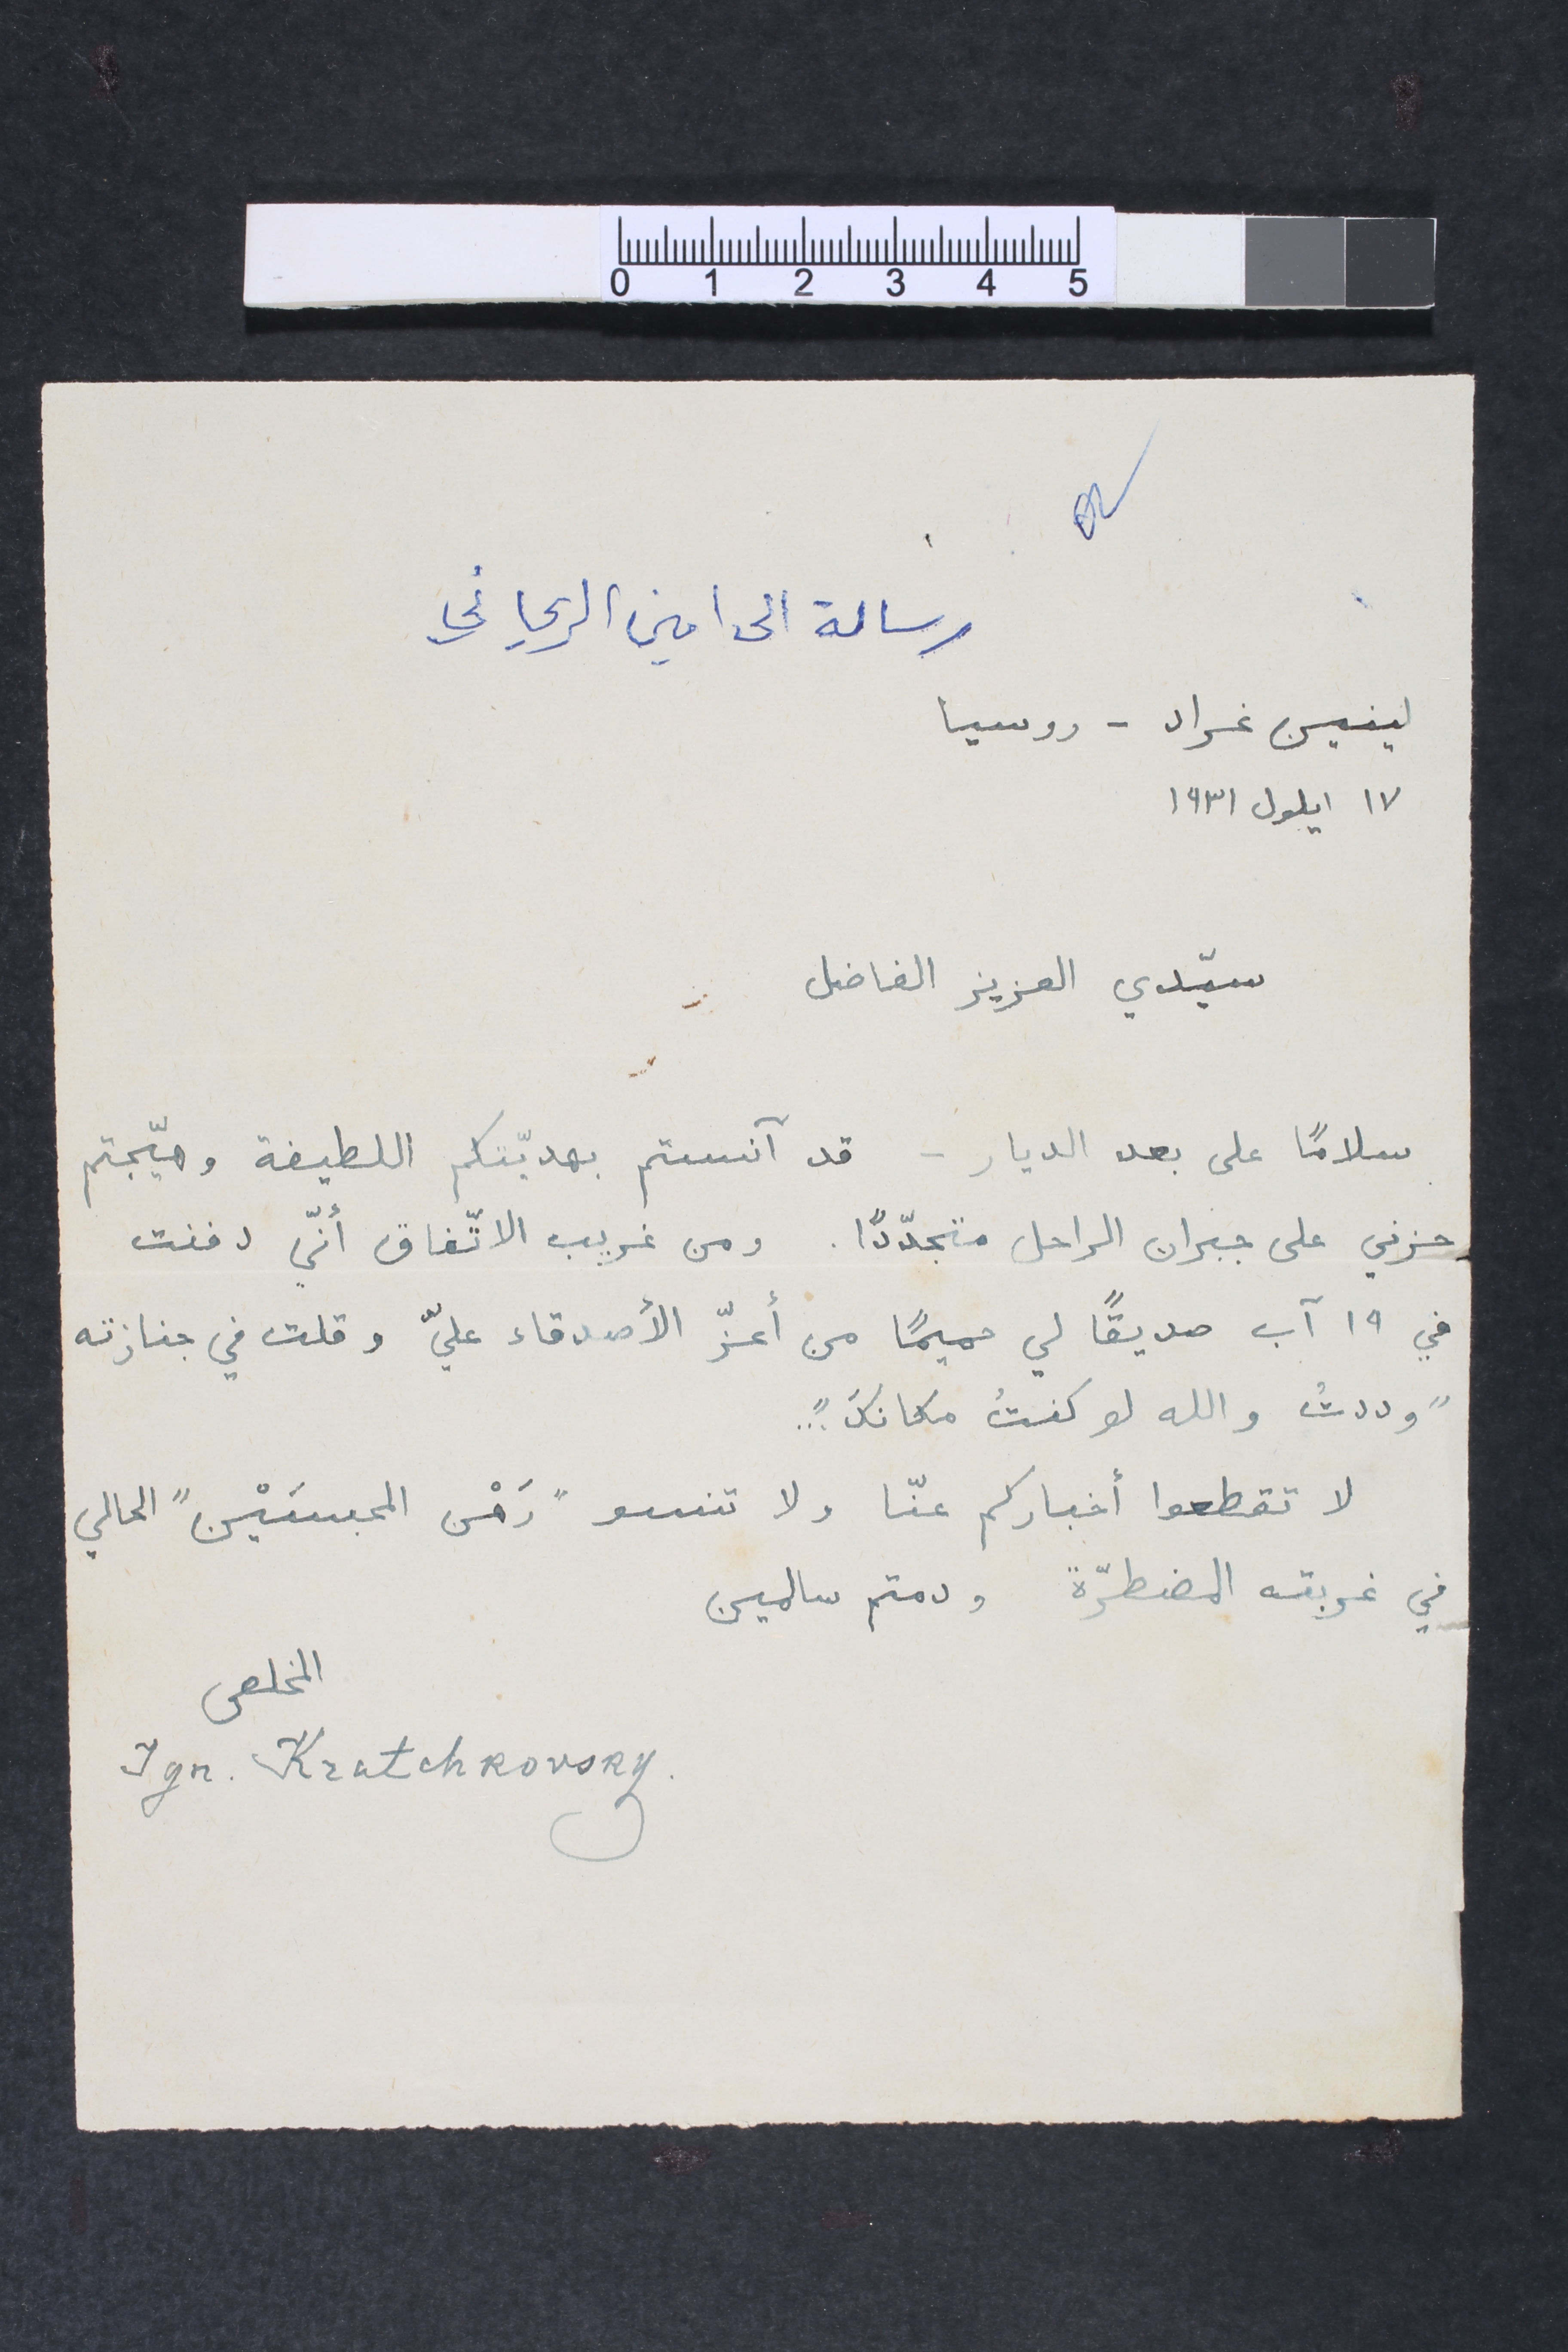
رسالة الى امين الريحاني
لينين غراد – روسيا			١٧ ايلول ١٩٣١
سيّدي العزيز الفاضل
سلاماً على بعد الديار – قد آنستم بهديّتكم اللطيفة وهيّجتم
حزني على جبران الراحل متجدّداً. ومن غريب الاتّفاق أنّي دفنت
في ١٩ آب صديقاً لي حميماً من أعزّ الأصدقاء عليّ وقلت في جنازته
" وددتُ والله لو كنتُ مكانكَ "...
لا تقطعوا أخباركم عنّأ ولا تنسو " رَهْن المحبسَيْن " الحالي
في غربته المضطرّة ودمتم سالمين
المخلص Ign. Kratchkovsky